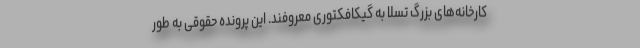
کارخانه‌های بزرگ تسلا به گیکافکتوری معروفند. این پرونده حقوقی به طور